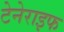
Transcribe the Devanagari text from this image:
टेनेराइफ